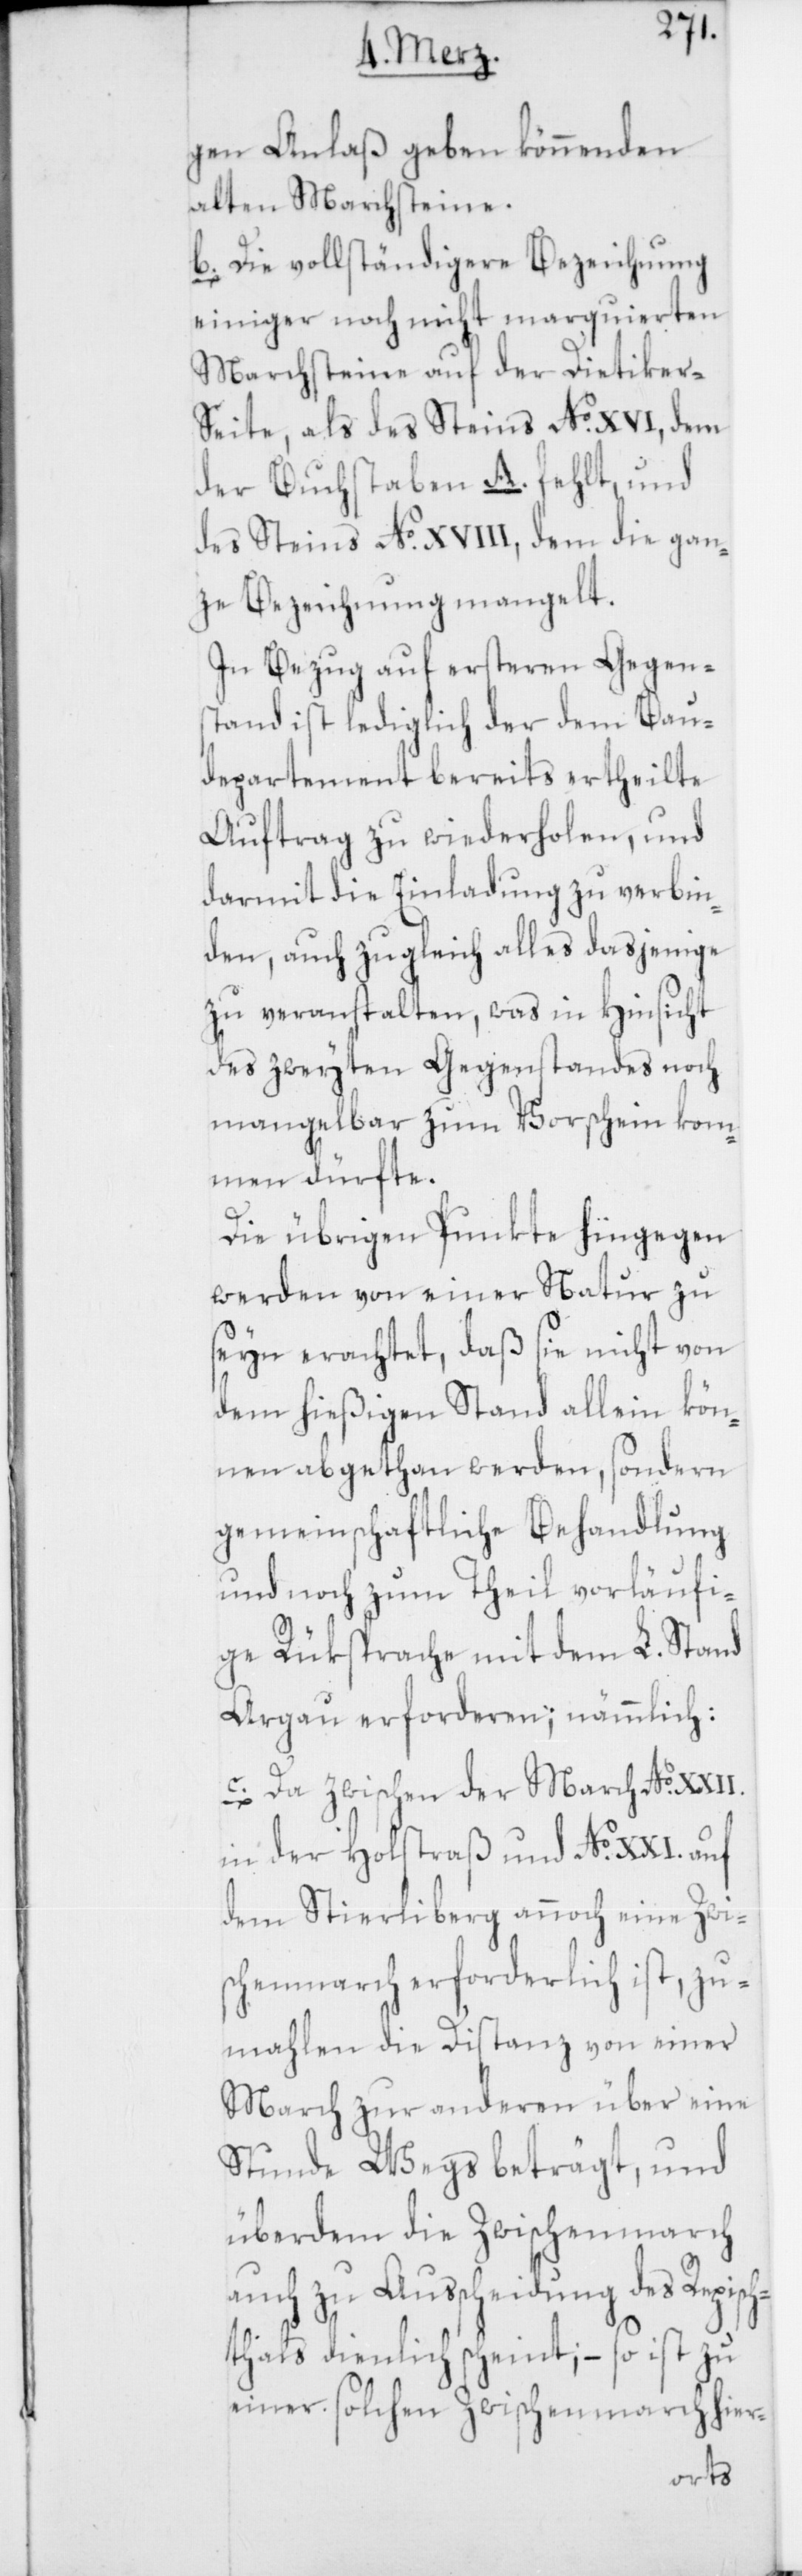
gen Anlaß geben könnenden
alten Marchsteine.
b. Die vollständigere Bezeichnung
einiger noch nicht marquierten
Marchsteine auf der Dietiker-S¬
eite, als des Steins No XVI, dem
der Buchstaben A. fehlt, und
des Steins No XVIII, dem die gan¬
ze Bezeichnung mangelt.
In Bezug auf ersteren Gegen¬
stand ist lediglich der dem Bau¬
departement bereits ertheilte
Auftrag zu wiederholen, und
darmit die Einladung zu verbin¬
den, auch zugleich alles dasjenige
zu veranstalten, was in Hinsicht
des zweyten Gegenstandes noch
mangelbar zum Vorschein kom¬
men dürfte.
Die übrigen Punkte hingegen
werden von einer Natur zu
seyn erachtet, daß sie nicht von
dem hießigen Stand allein kön¬
nen abgethan werden, sondern
gemeinschaftliche Behandlung
und noch zum Theil vorläufi¬
ge Rüksprache mit dem L. Stand
Argau erforderen; nämmlich:
c. Da zwischen der March No XXII.
in der Holstraß und No XXI. auf
dem Stierliberg annoch eine Zwi¬
schenmarch erforderlich ist, zu¬
mahlen die Distanz von einer
March zur anderen über eine
Stunde Wegs beträgt, und
überdem die Zwischenmarch
auch zu Ausscheidung des Repisc¬
hthals dienlich scheint; – so ist zu
einer solchen Zwischenmarch hier-